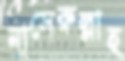
নাসেরুল্লাহ